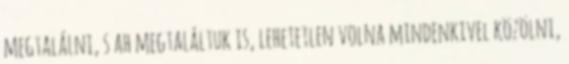
megtalálni, s ah megtaláltuk is, lehetetlen volna mindenkivel közölni,